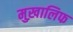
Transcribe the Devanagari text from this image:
मुख़ालिफ